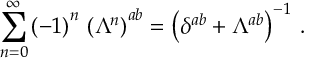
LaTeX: \sum _ { n = 0 } ^ { \infty } \left( - 1 \right) ^ { n } \, \left( \Lambda ^ { n } \right) ^ { a b } = \left( \delta ^ { a b } + \Lambda ^ { a b } \right) ^ { - 1 } \, .